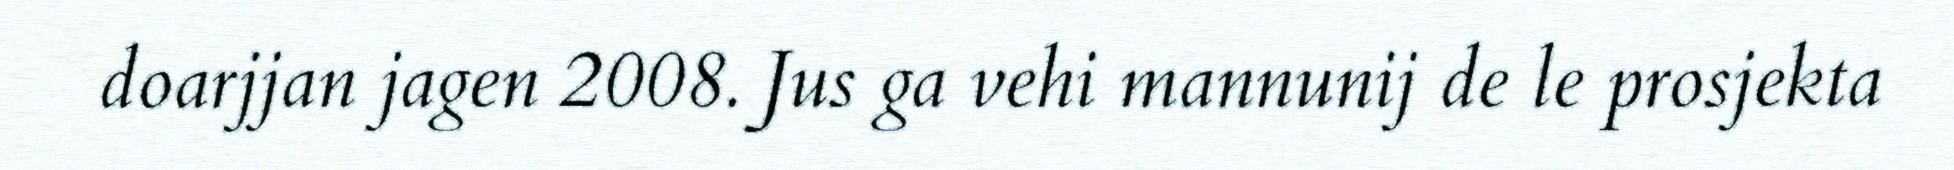
doarjjan jagen 2008. Jus ga vehi mannunij de le prosjekta